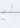
لم